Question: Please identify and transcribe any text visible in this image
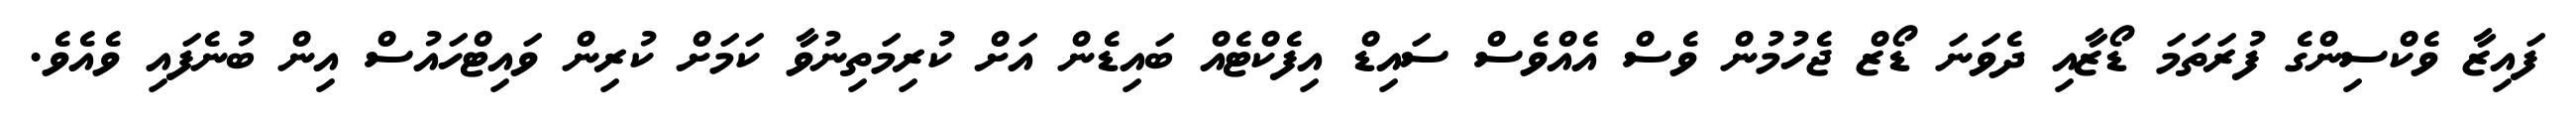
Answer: ފައިޒާ ވެކްސިންގެ ފުރަތަމަ ޑޯޒާއި ދެވަނަ ޑޯޒް ޖެހުމުން ވެސް އެއްވެސް ސައިޑް އިފެކްޓެއް ބައިޑެން އަށް ކުރިމަތިނުވާ ކަމަށް ކުރިން ވައިޓްހައުސް އިން ބުނެފައި ވެއެވެ.